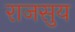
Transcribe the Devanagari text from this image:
राजसुय